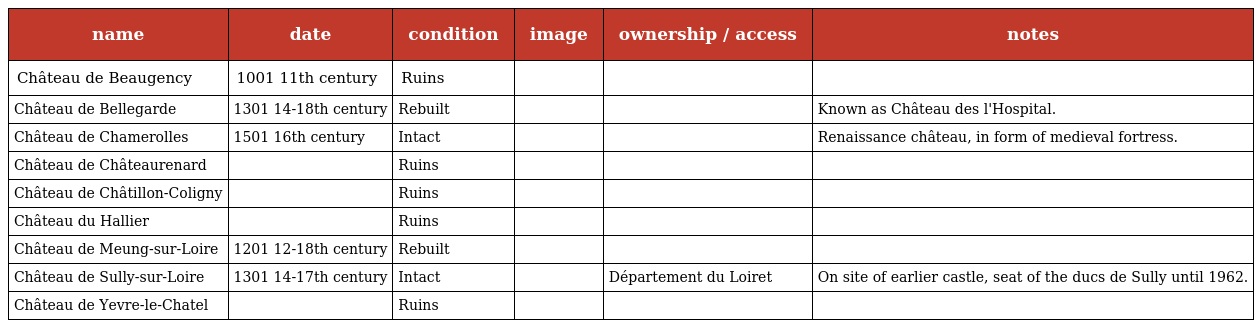
| name | date | condition | image | ownership / access | notes |
 | --- | --- | --- | --- | --- | --- |
 | Château de Beaugency | 1001 11th century | Ruins |  |  |  |
 | Château de Bellegarde | 1301 14-18th century | Rebuilt |  |  | Known as Château des l'Hospital. |
 | Château de Chamerolles | 1501 16th century | Intact |  |  | Renaissance château, in form of medieval fortress. |
 | Château de Châteaurenard |  | Ruins |  |  |  |
 | Château de Châtillon-Coligny |  | Ruins |  |  |  |
 | Château du Hallier |  | Ruins |  |  |  |
 | Château de Meung-sur-Loire | 1201 12-18th century | Rebuilt |  |  |  |
 | Château de Sully-sur-Loire | 1301 14-17th century | Intact |  | Département du Loiret | On site of earlier castle, seat of the ducs de Sully until 1962. |
 | Château de Yevre-le-Chatel |  | Ruins |  |  |  |